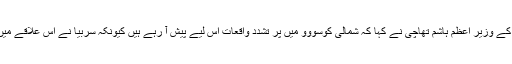
یارینیئے کی چیک پوسٹ کے نذر آتش کیے جانے کے بعد پرشٹینا میں کوسووو کے وزیر اعظم ہاشم تھاچی نے کہا کہ شمالی کوسووو میں پر تشدد واقعات اس لیے پیش آ رہے ہیں کیونکہ سربیا نے اس علاقے میں، وہاں کی سرب اقلیتی آبادی کی وجہ سے ’متوازی ڈھانچے‘ قائم کر رکھے ہیں۔